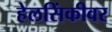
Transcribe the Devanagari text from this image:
हेलसिंकीवर